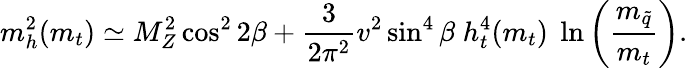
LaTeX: m_{h}^{2}(m_{t})\simeq M_{Z}^{2}\cos^{2}2\beta+\frac{3}{2\pi^{2}}v^{2}\sin^{4}\beta\; h_{t}^{4}(m_{t})\; \ln\left(\frac{m_{\tilde{q}}}{m_{t}}\right).